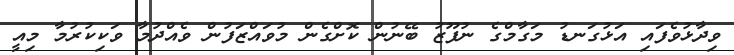
ވިދާޅުވެފައި އަޅުގަނޑު މަގާމްގެ ނުފޫޒު ބޭނުން ކޮށްގެން މުވައްޒަފުން ވެއްދުމާ ވަކިކުރުމާ މިއީ